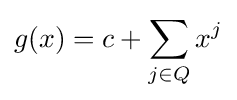
g(x)=c+\sum _{j\in Q}x^{j}